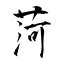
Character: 菏